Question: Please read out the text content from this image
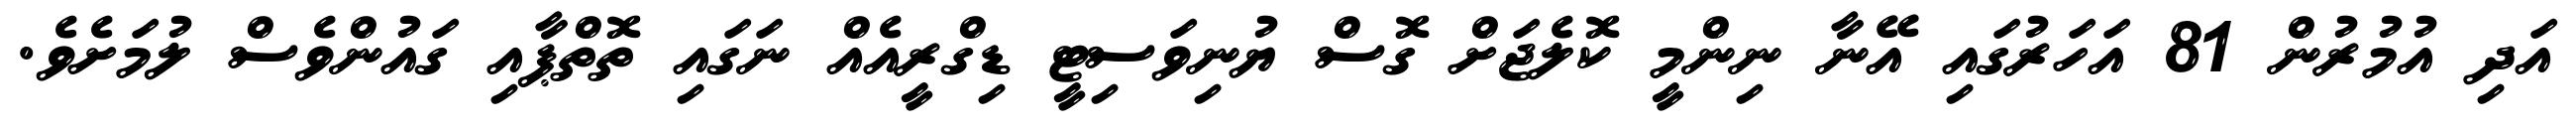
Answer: އަދި އުމުރުން 81 އަހަރުގައި އޭނާ ނިންމީ ކޮލެޖަށް ގޮސް ޔުނިވަސިޓީ ޑިގްރީއެއް ނަގައި ތޮތްޕާއި ގައުންވެސް ލުމަށެވެ.